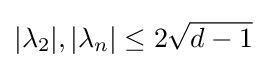
|\lambda _{2}|,|\lambda _{n}|\leq 2{\sqrt {d-1}}